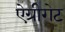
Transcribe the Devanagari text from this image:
ऐग्रीगेट